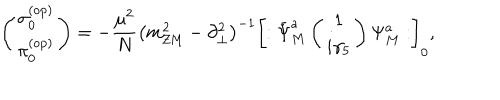
\left( \begin{matrix} { { \sigma _ { 0 } ^ { ( \mathrm { o p ) } } } } \\ { { \pi _ { 0 } ^ { ( \mathrm { o p ) } } } } \\ \end{matrix} \right) = - { \frac { \mu ^ { 2 } } { N } } \left( m _ { \mathrm { Z M } } ^ { 2 } - \partial _ { \bot } ^ { 2 } \right) ^ { - 1 } \left[ : \bar { \Psi } _ { M } ^ { a } \left( \begin{matrix} { { 1 } } \\ { { i \gamma _ { 5 } } } \\ \end{matrix} \right) \Psi _ { M } ^ { a } : \right] _ { 0 } ,